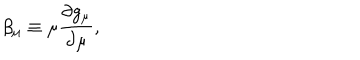
LaTeX: \beta _ { \mu } \equiv \mu \frac { \partial g _ { \mu } } { \partial \mu } ,